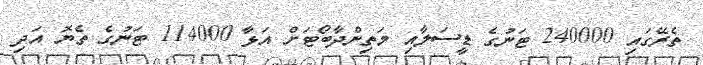
ތެރޭގައި 240000 ޓަނުގެ ޑީސަލާއި މަތިންދާބޯޓަށް އަޅާ 114000 ޓަނުގެ ތެޔޮ އަދި